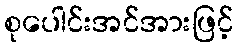
စုပေါင်းအင်အားဖြင့်